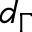
d _ { \Gamma }